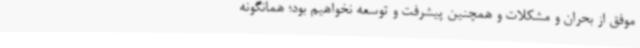
موفق از بحران و مشکلات و همچنین پیشرفت و توسعه نخواهیم بود؛ همانگونه